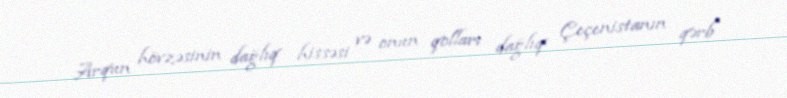
Arqun hövzəsinin dağlıq hissəsi və onun qolları dağlıq Çeçenistanın qərb